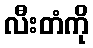
လီးတံကို